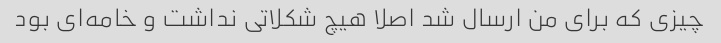
چیزی که برای من ارسال شد اصلا هیچ شکلاتی نداشت و خامه‌ای بود